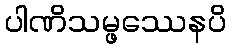
ပါဏိသမ္ဖဿေနပိ